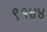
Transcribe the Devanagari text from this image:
९१४४